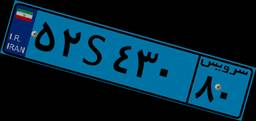
۵۲S۴۳۰۸۰